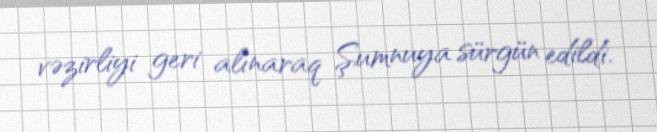
vəzirliyi geri alınaraq Şumnuya sürgün edildi.